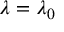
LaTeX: \lambda = \lambda _ { 0 }